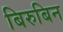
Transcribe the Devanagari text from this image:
बिरुबिन